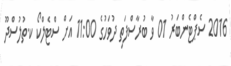
2016 ސެޕްޓެންބަރު 01 ވާ ބުރާސްފަތި ދުވަހުގެ 11:00 އަށް ސްޓެލްކޯ ކ.ތުލުސްދޫ